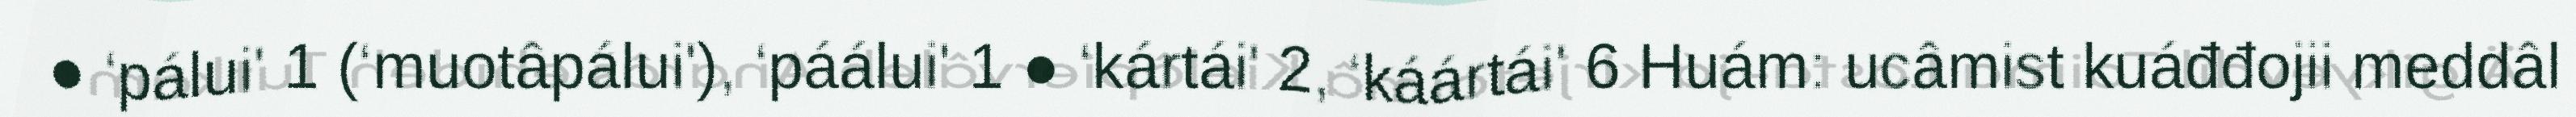
● ‘pálui' 1 (‘muotâpálui'), ‘páálui' 1 ● ‘kártái' 2, ‘káártái' 6 Huám: ucâmist kuáđđojii meddâl